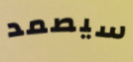
سيصمد